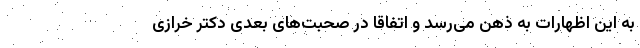
به این اظهارات به ذهن می‌رسد و اتفاقا در صحبت‌های بعدی دکتر خرازی